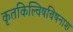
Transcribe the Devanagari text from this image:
कृतकिल्विषविषनाश